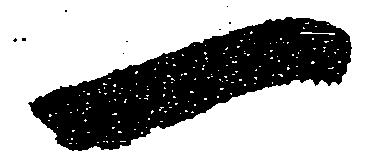
一